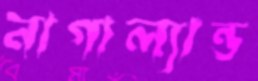
নাগাল্যান্ড